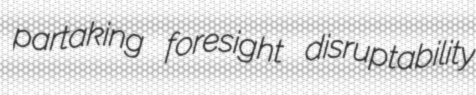
partaking foresight disruptability